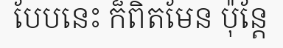
បែបនេះ ក៏ពិតមែន ប៉ុន្តែ